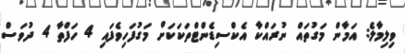
ވިލިމާލެ: އަމާން މަގުތައް ނުރައްކާ އެކްސިޑެންޓްތަކަކަށް މަގުފަހިވެފައި 4 ހަފްތާ 4 ދުވަސް